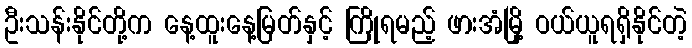
ဦးသန်းနိုင်တို့က နေ့ထူးနေ့မြတ်နှင့် ကြိုရမည့် ဖားအံမြို့ ဝယ်ယူရရှိနိုင်တဲ့